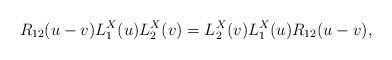
LaTeX: \begin{align*}R_{12}(u-v)L^X_1(u)L^X_2(v)=L^X_2(v)L^X_1(u)R_{12}(u-v),\end{align*}